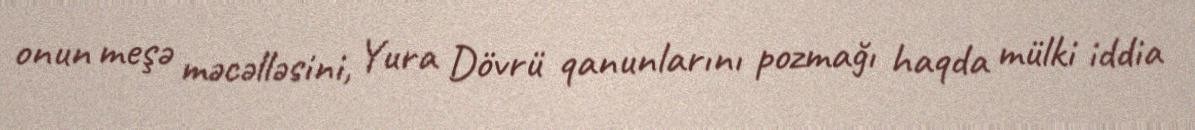
onun meşə məcəlləsini, Yura Dövrü qanunlarını pozmağı haqda mülki iddia